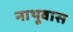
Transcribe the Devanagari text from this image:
नाथूवास